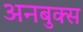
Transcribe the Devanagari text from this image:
अनबुक्स